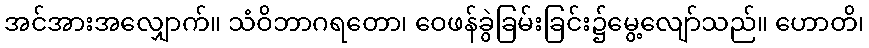
အင်အားအလျှောက်။ သံဝိဘာဂရတော၊ ဝေဖန်ခွဲခြမ်းခြင်း၌မွေ့လျော်သည်။ ဟောတိ၊